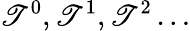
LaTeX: \mathscr{T}^{0},\mathscr{T}^{1},\mathscr{T}^{2}\dots